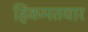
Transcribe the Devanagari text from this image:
हिकमतयार